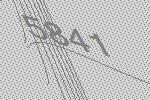
5841